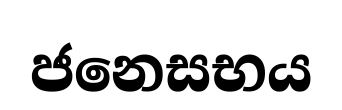
ජනෙසභය